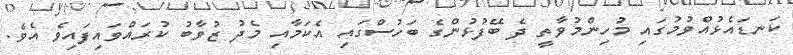
ކަނޑައެޅުއްވުމުގައި މުހިންމުވާތީ ދެ ބޭފުޅުންގެ ބަހުސްގައި އެކަމާއި މެދު ޒުވާބު ކުރައްވައިފައިވެ އެވެ.